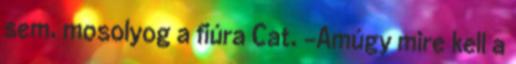
sem. mosolyog a fiúra Cat. -Amúgy mire kell a